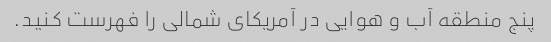
پنج منطقه آب و هوایی در آمریکای شمالی را فهرست کنید.